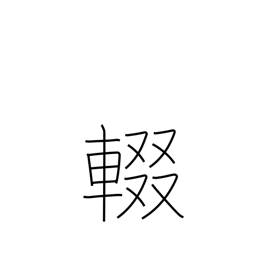
Meaning: stop